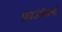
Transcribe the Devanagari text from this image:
फ़ाउंडेशनों